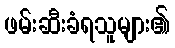
ဖမ်းဆီးခံရသူများ၏